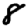
Digit: 8